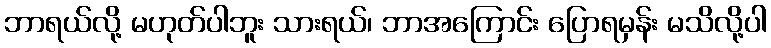
ဘာရယ်လို့ မဟုတ်ပါဘူး သားရယ်၊ ဘာအကြောင်း ပြောရမှန်း မသိလို့ပါ